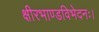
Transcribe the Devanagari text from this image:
क्षीरभाण्डविभेदनः।